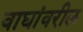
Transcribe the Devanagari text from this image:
वाघांवरील